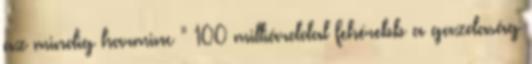
az mindig harminc " 100 milliárddal fehérebb a gazdaság